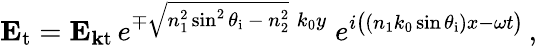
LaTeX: \mathbf{E}_{\mathrm{t}}=\mathbf{E}_{\mathbf{k}{\mathrm{t}}\, }e^{\mp{\sqrt{n_{1}^{2}\sin^{2}\theta_{\mathrm{i}}\, -\, n_{2}^{2}}}\; k_{0}y}\; e^{i{\big(}(n_{1}k_{0}\sin\theta_{\mathrm{i}})x-\omega t{\big)}}\, ,